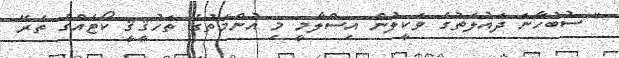
" ސުބުހާނަ ދައުލަތުގެ ވަކީލުން އިސްލާމީ މި އުންމަތުގެ ތަހުޤީޤީ ކޯޓެއްގެ ތެރޭ